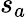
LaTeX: s_{a}